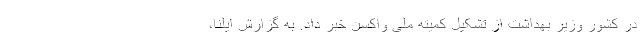
در کشور وزیر بهداشت از تشکیل کمیته ملی واکسن خبر داد. به گزارش ایلنا،